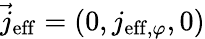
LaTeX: \vec{j}_{\mathrm{eff}}=(0,j_{\mathrm{eff},\varphi},0)